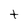
Character: t